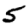
Digit: 5